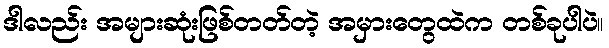
ဒါလည်း အများဆုံးဖြစ်တတ်တဲ့ အမှားတွေထဲက တစ်ခုပါပဲ။